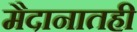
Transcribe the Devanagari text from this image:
मैदानातही